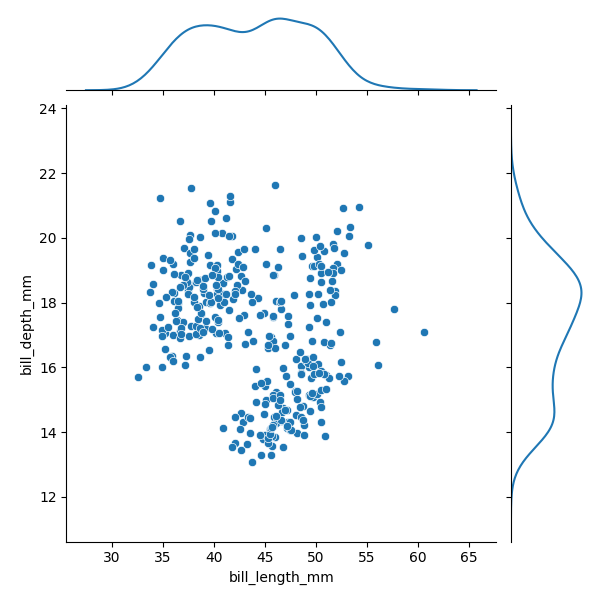
python, seaborn, JointGrid, scatterplot, kdeplot